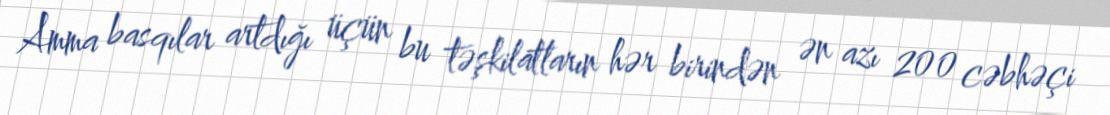
Amma basqılar artdığı üçün bu təşkilatların hər birindən ən azı 200 cəbhəçi